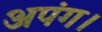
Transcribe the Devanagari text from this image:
अपंग।